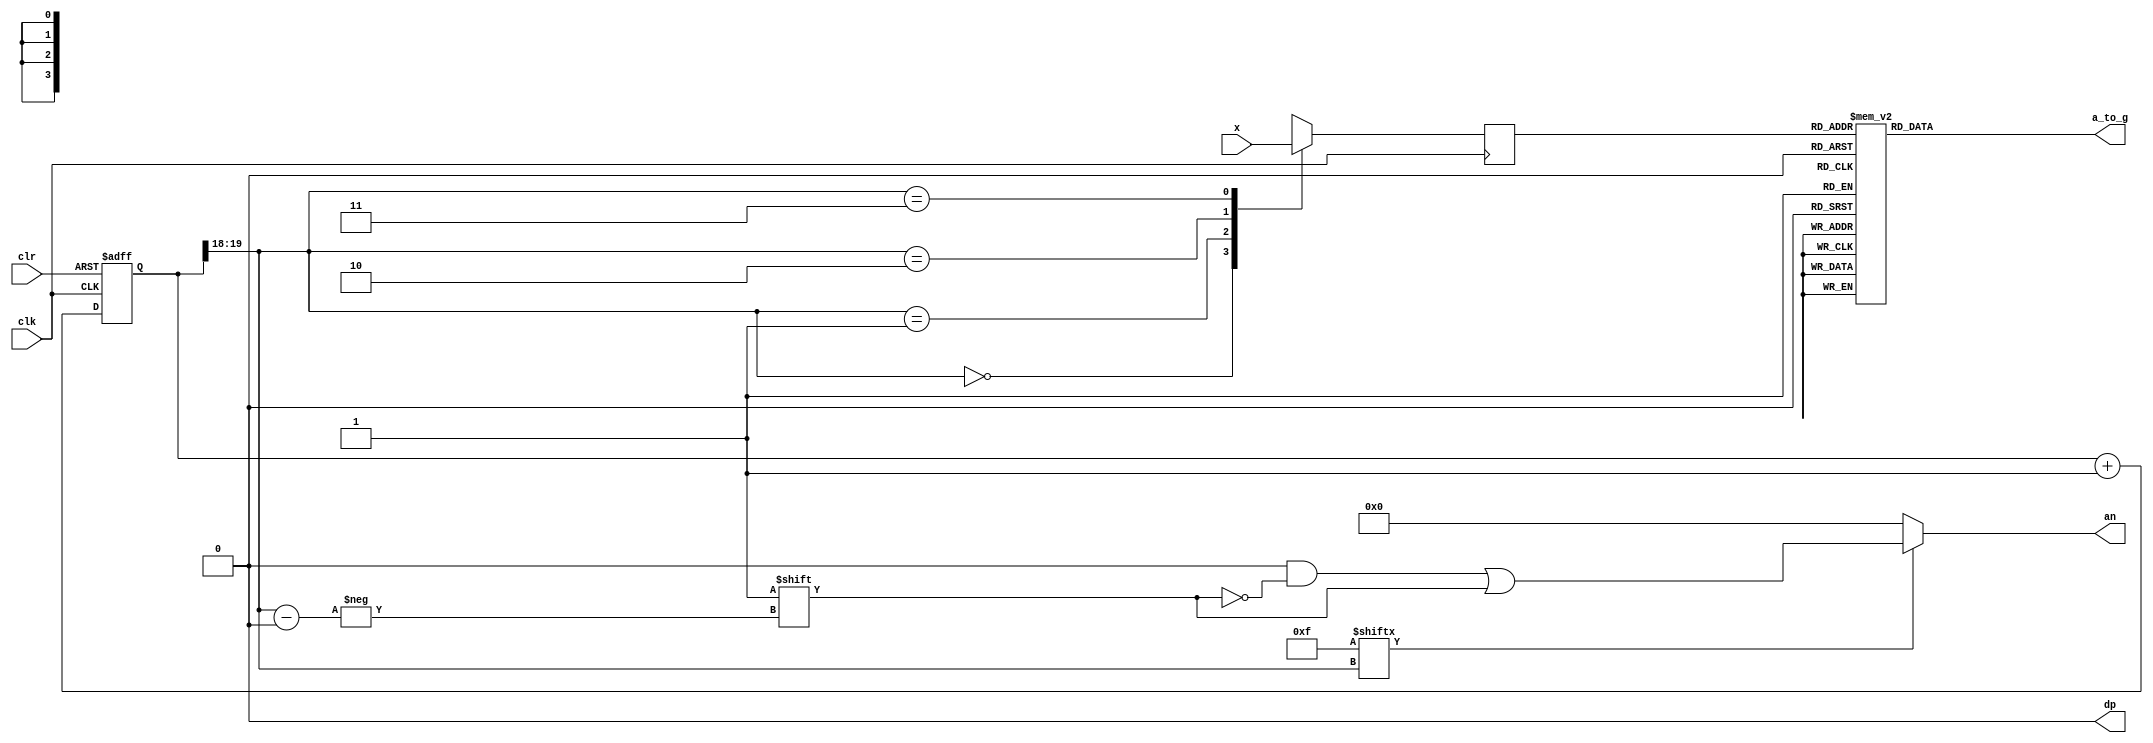
`timescale 1ns / 1ps
//////////////////////////////////////////////////////////////////////////////////
// Company: 
// Engineer: 
// 
// Design Name: 
// Module Name: seg7decimal
// Project Name: 
// Target Devices: 
// Tool Versions: 
// Description: 
// 
// Dependencies: 
// 
// Revision:
// Revision 0.01 - File Created
// Additional Comments:
// 
//////////////////////////////////////////////////////////////////////////////////


module seg7decimal(
input [15:0] x,
input clk,
input clr,
output reg [6:0] a_to_g,
output reg [3:0] an,
output wire dp 
);


wire [1:0] s;     
reg [3:0] digit;
wire [3:0] aen;
reg [19:0] clkdiv;

assign dp = 0;
assign s = clkdiv[19:18];
assign aen = 4'b1111; // all turned off initially

// quad 4to1 MUX.


always @(posedge clk)// or posedge clr)

case(s)
0:digit = x[15:12]; // s is 00 -->0 ;  digit gets assigned 4 bit value assigned to x[3:0]
1:digit = x[11:8]; // s is 01 -->1 ;  digit gets assigned 4 bit value assigned to x[7:4]
2:digit = x[7:4]; // s is 10 -->2 ;  digit gets assigned 4 bit value assigned to x[11:8
3:digit = x[3:0]; // s is 11 -->3 ;  digit gets assigned 4 bit value assigned to x[15:12]

default:digit = x[3:0];

endcase

//decoder or truth-table for 7a_to_g display values
always @(*)

case(digit)


//////////<---MSB-LSB<---
//////////////gfedcba////////////////////////////////////////////              a
0:a_to_g = 7'b0111111;////0000                                                   __                    
1:a_to_g = 7'b0000110;////0001                                                f/      /b
2:a_to_g = 7'b1011011;////0010                                                  g
//                                                                           __    
3:a_to_g = 7'b1001111;////0011                                              e /   /c
4:a_to_g = 7'b1100110;////0100                                                 __
5:a_to_g = 7'b1101101;////0101                                               d  
6:a_to_g = 7'b1111101;////0110
7:a_to_g = 7'b0000111;////0111
8:a_to_g = 7'b1111111;////1000
9:a_to_g = 7'b1101111;////1001
'hA:a_to_g = 7'b1110111; // dash-(g)
'hB:a_to_g = 7'b1111100; // all turned off
'hC:a_to_g = 7'b1110011;
'hD:a_to_g = 7'b1011110; // dash-(g)
'hE:a_to_g = 7'b1111001; // all turned off
'hF:a_to_g = 7'b1110001;
default: a_to_g = 7'b1111111; // U

endcase


always @(*)begin
an=4'b0000;
if(aen[s] == 1)
an[s] = 1;
end


//clkdiv

always @(posedge clk or posedge clr) begin
if ( clr == 1)
clkdiv <= 0;
else
clkdiv <= clkdiv+1;
end


endmodule